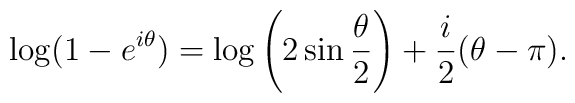
\log (1 - e^{i\theta}) = \log \left( 2 \sin \frac{\theta}{2} \right)+ \frac{i}{2}(\theta - \pi).